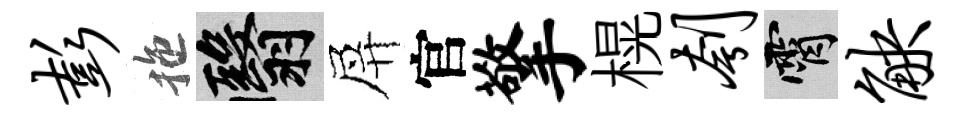
彭拖翳屏官擎榥刳霄觖